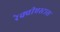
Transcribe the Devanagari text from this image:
रेक्वीएस्टास